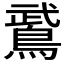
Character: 𫛁